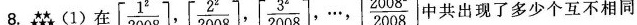
8. (1)在 [ \frac{1^{2}}{2008} ] , [ \frac{2^{2}}{2008} ] , [ \frac{3^{2}}{2008} ] , … , [ \frac{2008^{2}}{2008} ] 中共出现了多少个互不相同